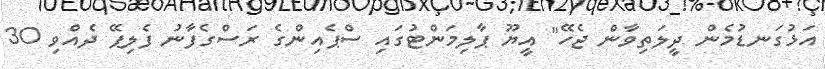
އަޅުގަނޑުމެން ދީލަތިވާން ޖެހޭ" އީޔޫ ޕާލިމަންޓުގައި ސްޕެއިންގެ ރަސްގެފާނު ފެލިޕޭ ދެއްވި 30